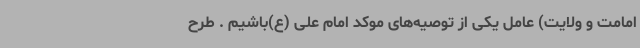
امامت و ولایت) عامل یکی از توصیه‌های موکد امام علی (ع)باشیم . طرح